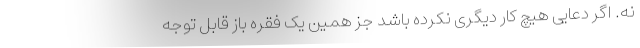
نه. اگر دعایی هیچ کار دیگری نکرده باشد جز همین یک فقره باز قابل توجه